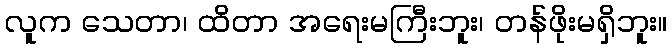
လူက သေတာ၊ ထိတာ အရေးမကြီးဘူး၊ တန်ဖိုးမရှိဘူး။